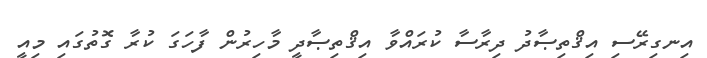
އިނގިރޭސި އިޤްތިޞާދު ދިރާސާ ކުރައްވާ އިޤްތިޞާދީ މާހިރުން ފާހަގަ ކުރާ ގޮތުގައި މިއީ